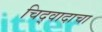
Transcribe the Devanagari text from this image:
चिद्‌वादाचा